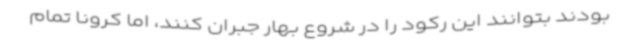
بودند بتوانند این رکود را در شروع بهار جبران کنند، اما کرونا تمام